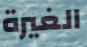
الغيرة